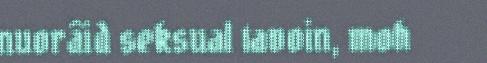
nuorâid seksual tavoin, moh